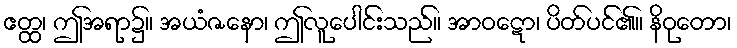
ဧတ္ထ၊ ဤအရာ၌။ အယံဇနော၊ ဤလူပေါင်းသည်။ အာဝဋော၊ ပိတ်ပင်၏။ နိဝုတော၊